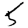
Digit: 5